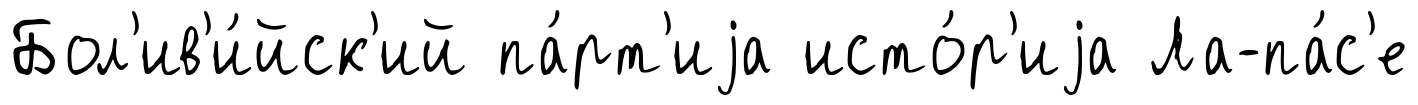
Бол'ив'и́йск'ий па́рт'иjа исто́р'иjа Ла-па́с'е